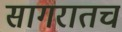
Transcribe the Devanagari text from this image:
सागरातच